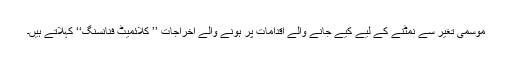
موسمی تغیر سے نمٹنے کے لیے کیے جانے والے اقدامات پر ہونے والے اخراجات ’’ کلائمیٹ فنانسنگ‘‘ کہلاتے ہیں۔